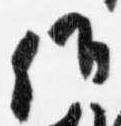
候